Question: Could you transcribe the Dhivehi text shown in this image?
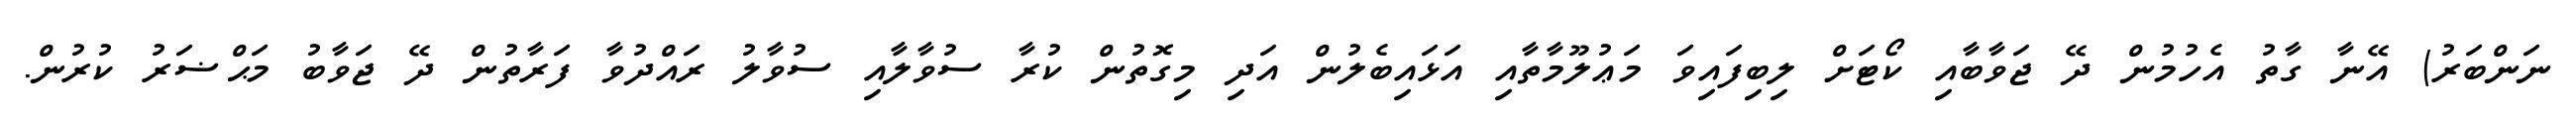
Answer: ނަންބަރު) އޭނާ ގާތު އެހުމުން ދޭ ޖަވާބާއި ކޯޓަށް ލިބިފައިވަ މަޢުލޫމާތާއި އަޅައިބެލުން އަދި މިގޮތުން ކުރާ ސުވާލާއި ސުވާލު ރައްދުވާ ފަރާތުން ދޭ ޖަވާބު މަޙްޟަރު ކުރުން.